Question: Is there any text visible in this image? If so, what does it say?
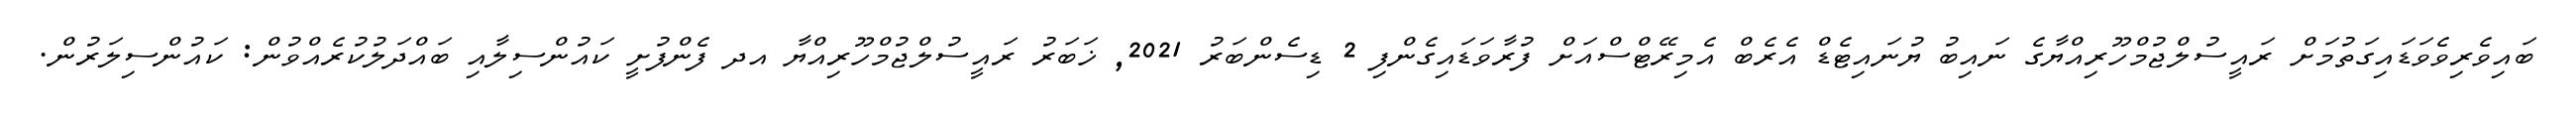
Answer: ބައިވެރިވެވަޑައިގަތުމަށް ރައީސުލްޖުމްހޫރިއްޔާގެ ނައިބު ޔުނައިޓެޑް އެރެބް އެމިރޭޓްސްއަށް ފުރާވަޑައިގެންފި 2 ޑިސެންބަރު 2021, ޚަބަރު ރައީސުލްޖުމްހޫރިއްޔާ އދ ފެންފުށީ ކައުންސިލާއި ބައްދަލުކުރެއްވުން: ކައުންސިލަރުން.